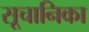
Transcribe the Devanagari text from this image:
सूचानिका